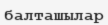
балташылар